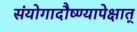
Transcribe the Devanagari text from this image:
संयोगादौष्ण्यापेक्षात्